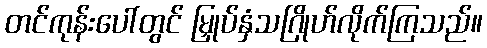
တင်ကုန်းပေါ်တွင် မြှုပ်နှံသဂြိုဟ်လိုက်ကြသည်။